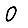
Digit: 0